65_HS1-834228961_62-HQ-83894_Serial_130
Agency: FBI
Page 104
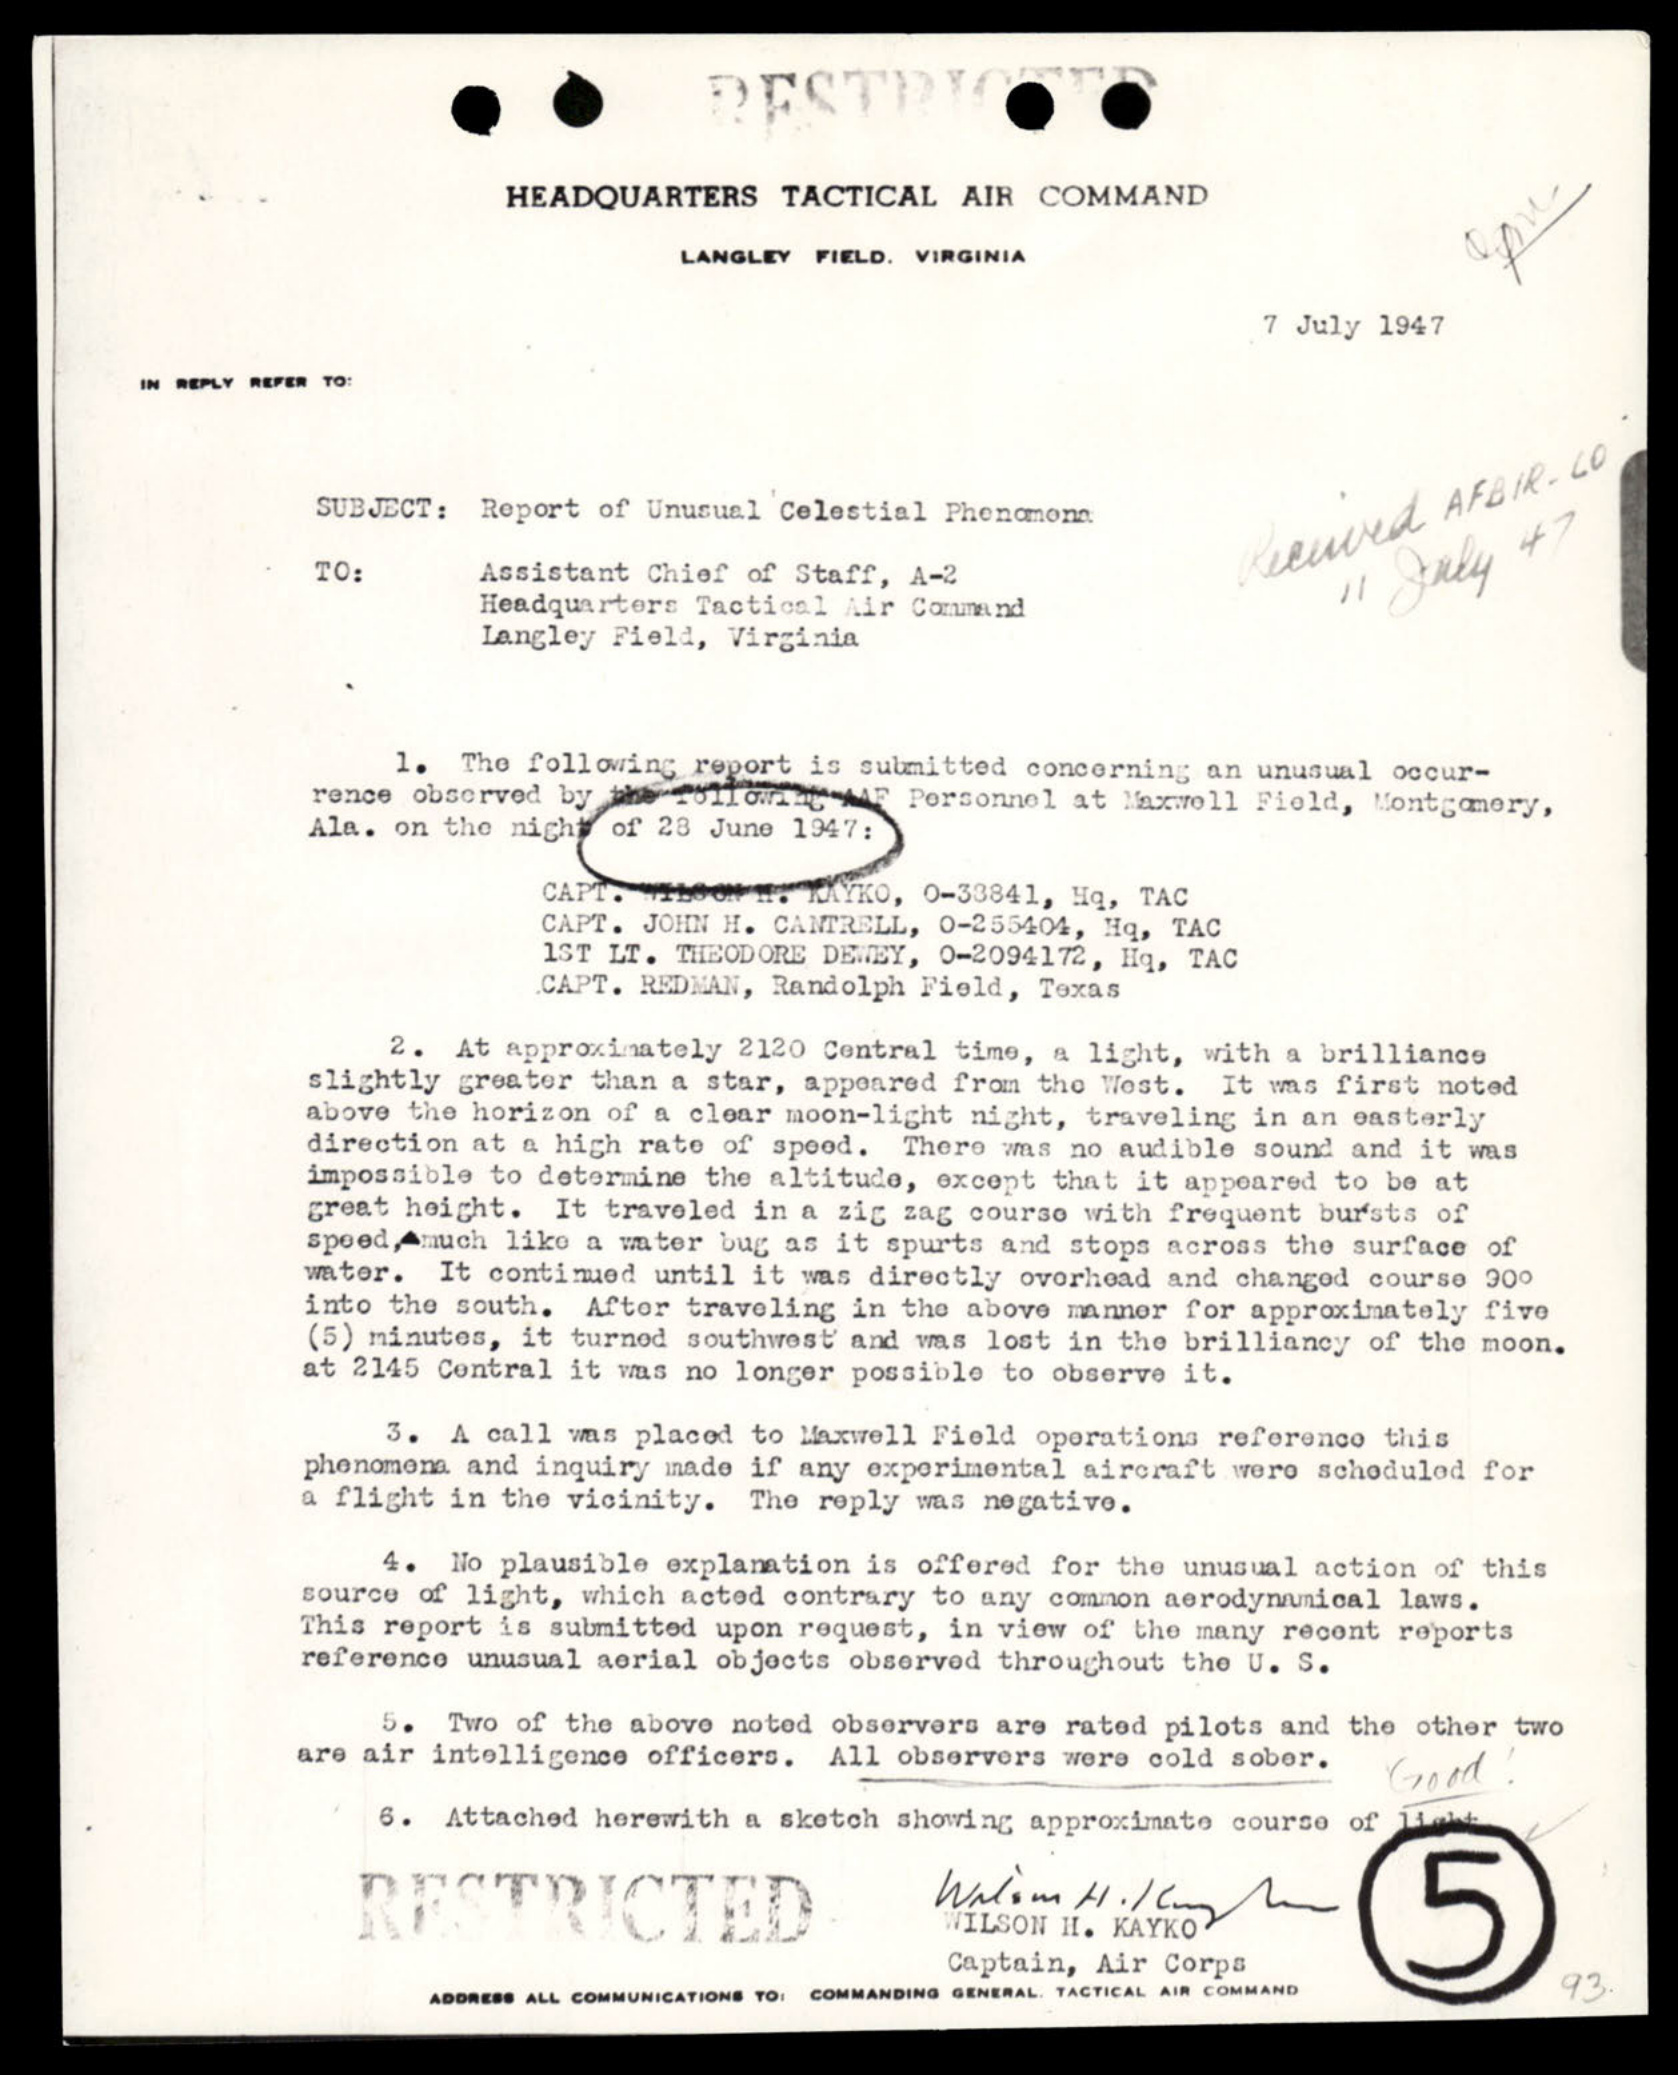